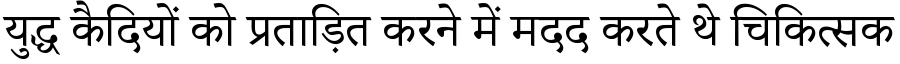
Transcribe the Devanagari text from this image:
युद्ध कैदियों को प्रताड़ित करने में मदद करते थे चिकित्सक